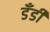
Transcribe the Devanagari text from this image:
डँडी